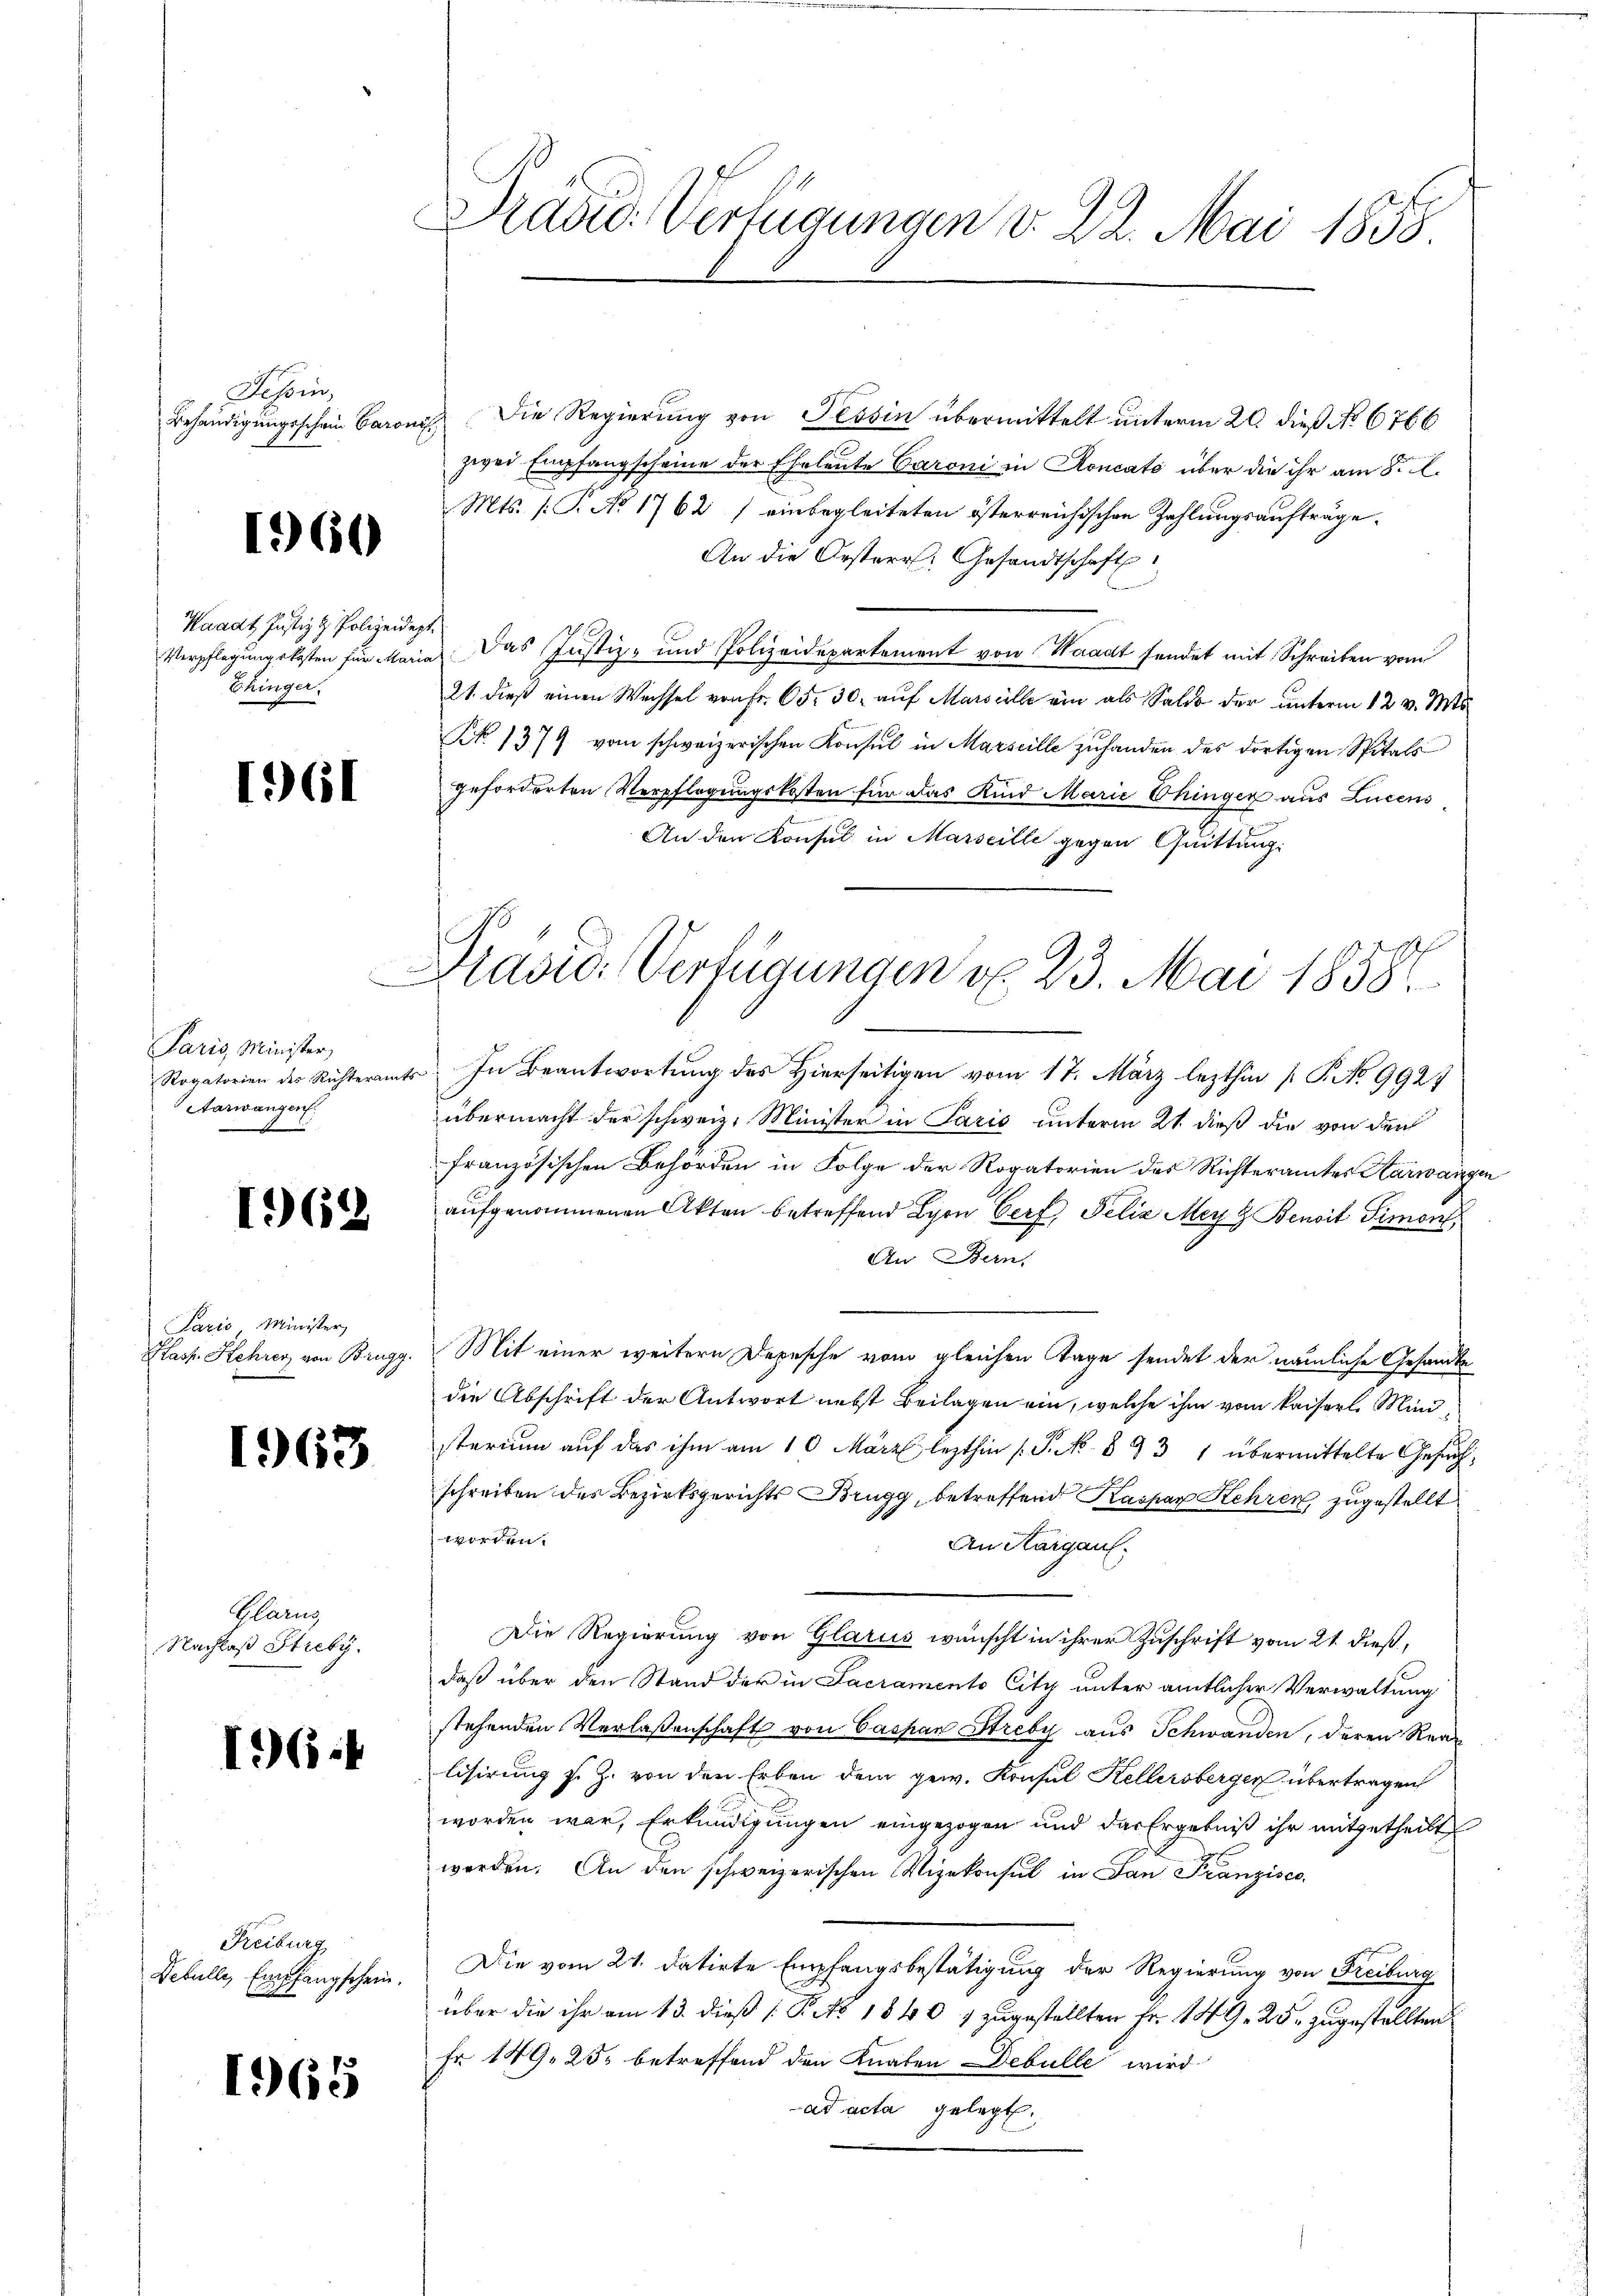
Se son
Behändigungsschein Baroni

1960

Waadt Justiz & Polizeide
Verpflegungskosten für Mari
Ehinger.

1961

Paris Minister,
Rogatorien des Richteramt
Aarwangen.

1962

Paris Minister,
Hass. Kehrer von Brugg.

1963

Glarus
Nachlaß Streby.

196.

Freiburg
Debulle, Empfangschein.

1965

Brasio: Verfügungen v. 22. Mai 1858

Pravić-Verfügungen d. 23. Mai 1858

Die Regierung von Tessin übermittelt unterm 20. dieß No 6766
zwei Empfangscheine der Eheleute Baroni in Roncato über die ihr am 8. A.
Mts. (T. No 1762 / einbegleiteten österreichischen Zahlungsaufträge.
An die Oesterr. Gesandtschaft
a
 Das Justiz- und Polizeidepartement von Waadt sendet mit Schreiben vom
21. dieß einen Wechsel von Fr. 65. 30. auf Marseille ein als Saldo der unterm 12 v. Mts.
. 1379 vom schweizerischen Konsul in Marseille zuhanden des dortigen Spitals
geforderten Verpflegungskosten für das Kind Marie hinger aus Lucens
An den Konsul in Marseilli gegen Quittung:
In Beantwortung des Hierseitigen vom 17. März lezthin [P. No 9927
übermacht der schweiz. Minister in Paris unterm 21. dieß die von den
französischen Behörden in Folge der Rogatorien des Richteramtes Karwange
aufgenommenen Akten betreffend Lyon Cerf, Felix Mey z Benoit Simon,
An Bern,
.
Mit einer weitern Depesche vom gleichen Tage sendet der nämliche Gesandte
die Abschrift der Antwort nebst Beilagen ein, welche ihm vom kaiserl. Mind
sterium auf das ihm am 10 März lezthin (S. N. 893 1 übermittelte Gesuch
schreiben des Bezirksgerichts Brugg, betreffend Kaspar Kehren, zugestellt
worden.
An Aargau.
Die Regierung von Glarus wünscht in ihrer Zuschrift vom 21. dieß,
daß über den Stand der in Sacramento City unter amtlicher Verwaltung
stehenden Verlaßenschaft von Caspar Streby aus Schwanden, deren Real
lisirung s. Z. von den Erben dem gew. Konsul Kellersberger übertragen
worden war, Erkundigungen eingezogen und das Ergebniß ihr mitgetheilt
werden. An den schweizerischen Vizekonsul in San Franzisco
Die vom 21. datirte Empfangsbestätigung der Regierung von Freiburg
über die ihr am 13. dieß P. No 1840 / zugestellten Fr. 149, 25. zugestellten
Fr 149, 25. betreffend den Knaben Debulle wird
ad acta gelegt.